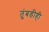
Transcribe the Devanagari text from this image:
तुंबडीही